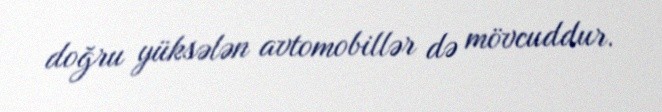
doğru yüksələn avtomobillər də mövcuddur.